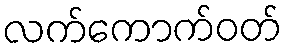
လက်ကောက်ဝတ်